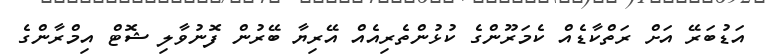
އަޑުބަރޭ އަށް ރަތްކާޑެއް ކެމަރޫންގެ ކުޅުންތެރިއެއް އޭރިޔާ ބޭރުން ފޮނުވާލި ޝޮޓް އިމްރާންގެ